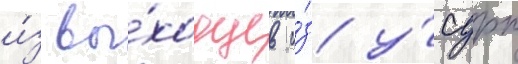
и́з вы́ходцев и́з у́сдрп